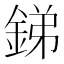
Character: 銻